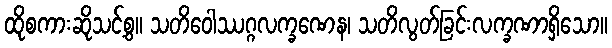
ထိုစကားဆိုသင့်စွ။ သတိဝေါဿဂ္ဂလက္ခဏေန၊ သတိလွတ်ခြင်းလက္ခဏာရှိသော။